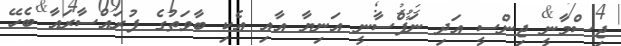
ޖިސްމާނީ ޖިންސީ އަދި ނަފްސާނީ އަނިޔާ އާއި އެކި ބާވަތުގެ ފުރައްސާރައާ ބެހޭ